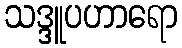
သဒ္ဒူပဟာရော